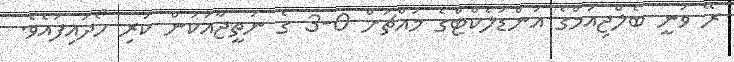
ރޭ ވަނީ ބެލްޖިއަމްގެ އަންޑަލެކްޓްގެ މައްޗަށް 0-3 ގެ ނަތީޖާއަކުން ކުރި ހޯދައިފައެވެ.